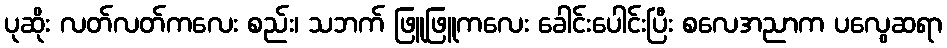
ပုဆိုး လတ်လတ်ကလေး စည်း၊ သဘက် ဖြူဖြူကလေး ခေါင်းပေါင်းပြီး စလေအညာက ပလွေဆရာ